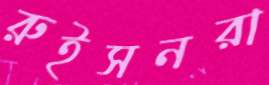
রুইসনরা